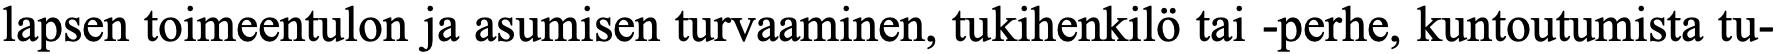
lapsen toimeentulon ja asumisen turvaaminen, tukihenkilö tai -perhe, kuntoutumista tu-